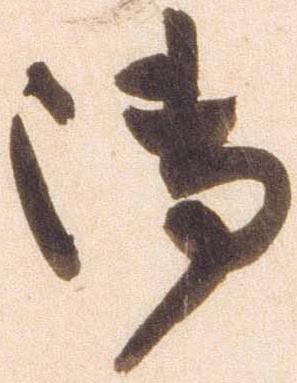
御